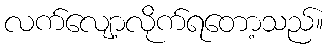
လက်လျော့လိုက်ရတော့သည်။